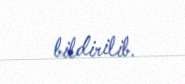
bildirilib.